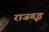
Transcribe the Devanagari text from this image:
राजगृद्ध